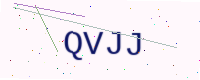
Text: QVJJ